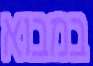
במבוא